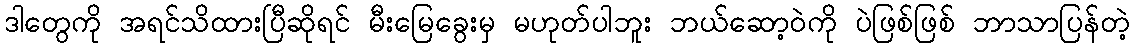
ဒါတွေကို အရင်သိထားပြီဆိုရင် မီးမြေခွေးမှ မဟုတ်ပါဘူး ဘယ်ဆော့ဝဲကို ပဲဖြစ်ဖြစ် ဘာသာပြန်တဲ့